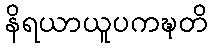
နိရယာယူပကဍ္ဎတိ